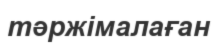
тәржімалаған